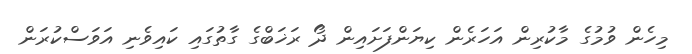
މިހެން ވުމުގެ މާކުރިން އަހަރެން ކިޔަންފަށައިން ދޯ ރަޚަބްގެ ގާތުގައި ކައިވެނި އަވަސްކުރަން